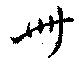
卌